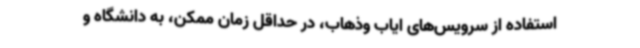
استفاده از سرویس‌های ایاب وذهاب، در حداقل زمان ممکن، به دانشگاه و